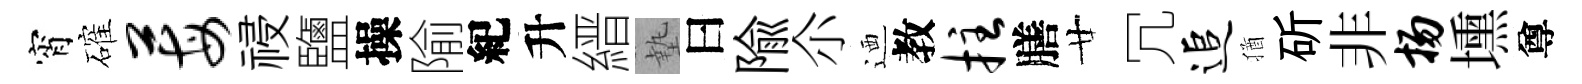
宵確莓祲鹽操隃紀升縉墊曰隃尒迺教拄膳廿冗追猶斫非扬壎尊